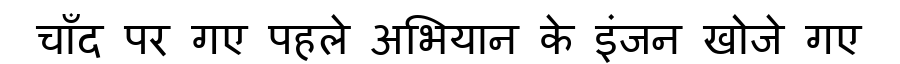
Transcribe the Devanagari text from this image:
चाँद पर गए पहले अभियान के इंजन खोजे गए